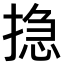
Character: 𢰽